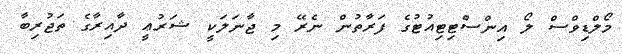
މޯލްޑިވްސް ލޯ އިންސްޓިޓިއުޓުގެ ފަރާތުން ނެރޭ މި ޖާނަލަކީ ޝަރުޢީ ދާއިރާގެ ތަޖުރިބާ